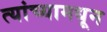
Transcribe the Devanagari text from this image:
त्यांच्यामधून